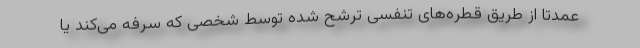
عمدتا از طریق قطره‌های تنفسی ترشح شده توسط شخصی که سرفه می‌کند یا